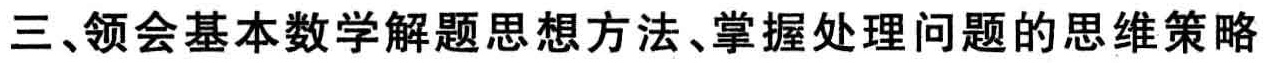
三、领会基本数学解题思想方法、掌握处理问题的思维策略